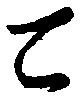
二